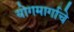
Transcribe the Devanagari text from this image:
योगमार्गाचे